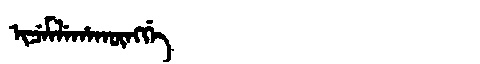
Manchu: ᡳᠴᡝᠮᠯᡝᡥᠠᡴᡡᠩᡤᡝ
Romanization: ICEMLEHAKŪNGGE